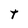
Character: t